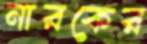
নারকের